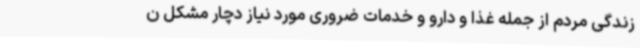
زندگی مردم از جمله غذا و دارو و خدمات ضروری مورد نیاز دچار مشکل ن